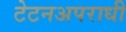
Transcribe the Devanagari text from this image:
टेटनअपराधी